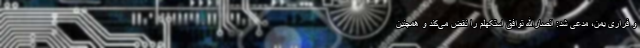
و فراری یمن، مدعی شد: انصارالله توافق استکهلم را نقض می‌کند و همچنین